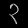
Digit: ၃